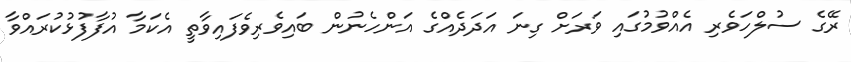
ރޭގެ ސުލްހަވެރި އެއްވުމުގައި ވަރަށް ގިނަ އަދަދެއްގެ އަންހެނުން ބައިވެރިވެފައިވާތީ އެކަމާ އުފާފުޅުކުރައްވާ